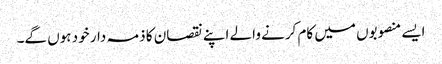
ایسے منصوبوں میں کام کرنے والے اپنے نقصان کا ذمہ دار خود ہوں گے۔